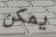
يمكن